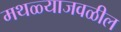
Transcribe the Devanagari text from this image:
मथळ्याजवळील